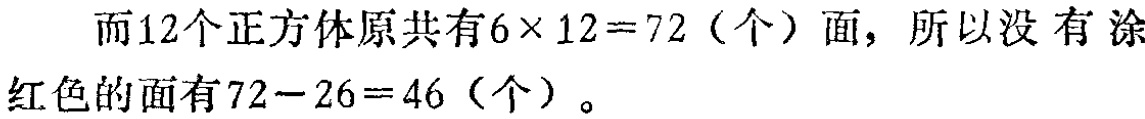
而12个正方体原共有\(6\times 12 = 72\)（个）面，所以没有涂红色的面有\(72 - 26 = 46\)（个）。